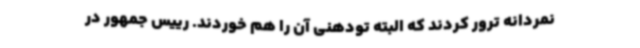
نمردانه ترور کردند که البته تودهنی آن را هم خوردند. رییس جمهور در